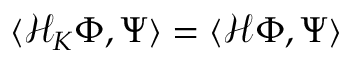
\langle \mathcal { H } _ { K } \Phi , \Psi \rangle = \langle \mathcal { H } \Phi , \Psi \rangle